Annual report of the Punjab Veterinary College and of the Civil Veterinary Department, Punjab - 1926-1932
Year: 1926
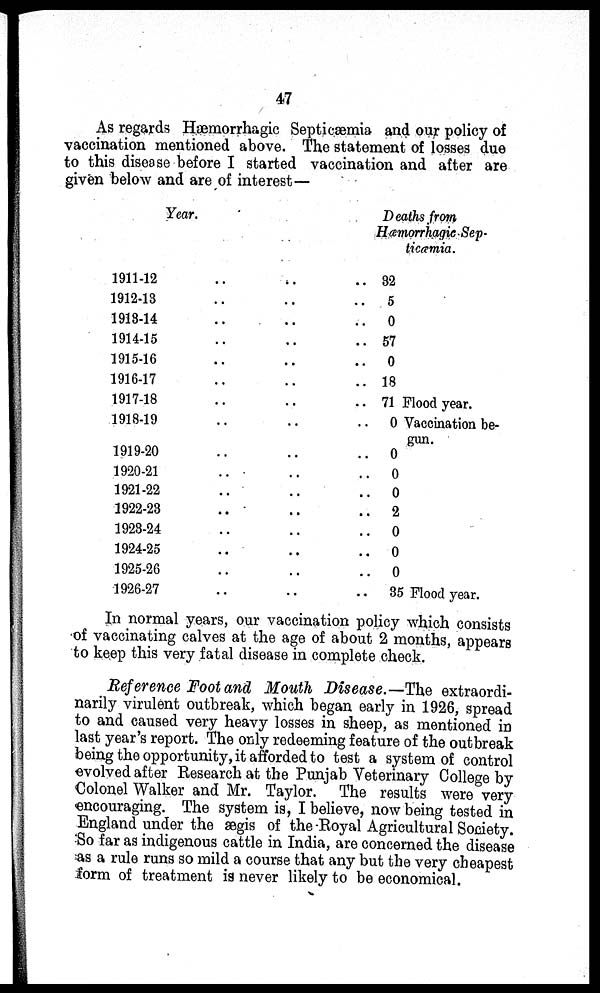
47
As regards Hæmorrhagic Septicæmia and our policy of
vaccination mentioned above. The statement of losses due
to this disease before I started vaccination and after are
given below and are of interest—
Year.
1911-12 .. .. ..
1912-13 .. .. ..
1913-14 .. .. ..
1914-15 .. .. ..
1915-16 .. .. ..
1916-17 .. .. ..
1917-18 .. .. ..
1918-19 .. .. ..
1919-20 .. .. ..
1920-21 .. .. ..
1921-22 .. .. ..
1922-23 .. .. ..
1923-24 .. .. ..
1924-25 .. .. ..
1925-26 .. .. ..
1926-27 .. .. ..
Deaths from
Hæmorrhagic Sep¬
ticœmia.
32
5
0
57
0
18
71 Flood year.
0 Vaccination be-
gun.
0
0
0
2
0
0
0
35 Flood year.
In normal years, our vaccination policy which consists
of vaccinating calves at the age of about 2 months, appears
to keep this very fatal disease in complete check.
Reference Foot and Mouth Disease.—The extraordi-
narily virulent outbreak, which began early in 1926, spread
to and caused very heavy losses in sheep, as mentioned in
last year's report. The only redeeming feature of the outbreak
being the opportunity, it afforded to test a system of control
evolved after Research at the Punjab Veterinary College by
Colonel Walker and Mr. Taylor. The results were very
encouraging. The system is, I believe, now being tested in
England under the ægis of the Royal Agricultural Society.
So far as indigenous cattle in India, are concerned the disease
as a rule runs so mild a course that any but the very cheapest
form of treatment is never likely to be economical.